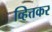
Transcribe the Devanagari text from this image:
व्हित्तकर